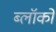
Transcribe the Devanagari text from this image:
ब्लॉको